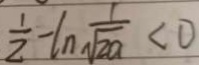
\frac { 1 } { 2 } - \ln \frac { 1 } { \sqrt { 2 a } } < 0